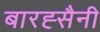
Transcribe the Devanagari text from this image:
बारह्सैनी